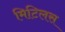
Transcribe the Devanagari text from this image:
मिटिलस